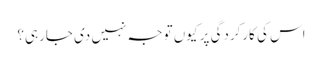
اس کی کارکردگی پر کیوں توجہ نہیں دی جارہی؟